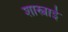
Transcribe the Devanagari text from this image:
शास्त्राई